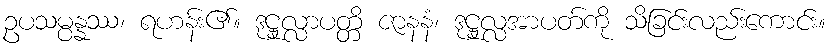
ဥပသမ္ပန္နဿ၊ ရဟန်း၏။ ဒုဋ္ဌုလ္လာပတ္တိ ဇာနနံ၊ ဒုဋ္ဌုလ္လအာပတ်ကို သိခြင်းလည်းကောင်း။